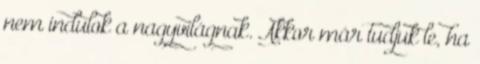
nem indulok a nagyvilágnak. Akkor már tudjuk le, ha